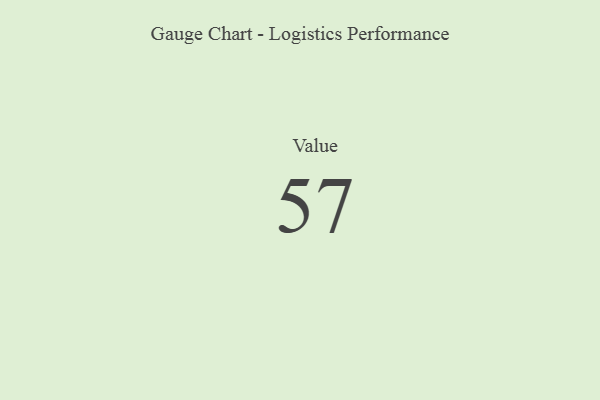
{"axis": {"x": "Metric", "y": "Value"}, "legend": [""], "data": [{"x": "Value", "y": 57, "type": ""}]}